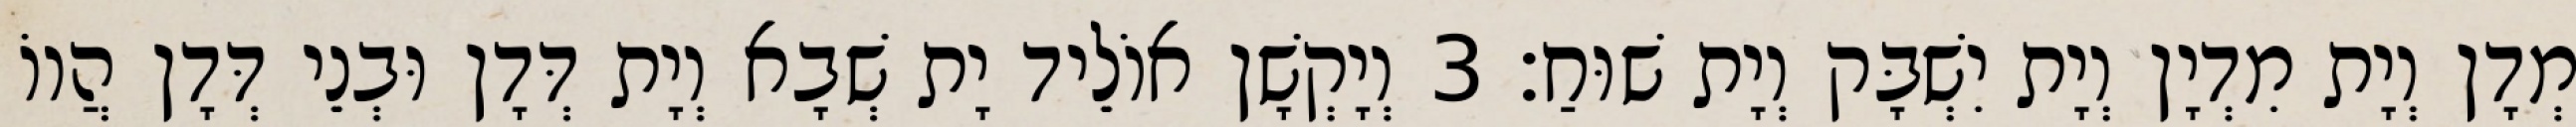
מְדָן וְיָת מִדְיָן וְיָת יִשְׁבָּק וְיָת שׁוּחַ׃ 3 וְיָקְשָׁן אוֹלֵיד יָת שְׁבָא וְיָת דְּדָן וּבְנֵי דְּדָן הֲווֹ